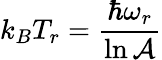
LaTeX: k_{B}T_{r}=\frac{\hbar\omega_{r}}{\ln\mathcal{A}}